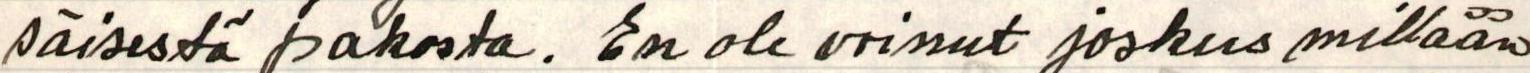
säisestä pakosta. En ole voinut joskus millään